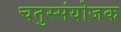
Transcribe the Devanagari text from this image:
चतुस्संयोजक